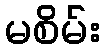
မစိမ်း